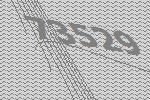
73529